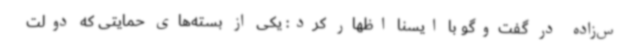
س‌زاده در گفت‌وگو با ایسنا اظهار کرد: یکی از بسته‌های حمایتی که دولت